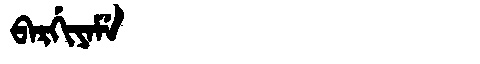
Manchu: ᠪᠠᡵᡤᡳᠶᠠᠮᡝ
Romanization: BARGIYAME